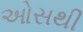
ઓસથી